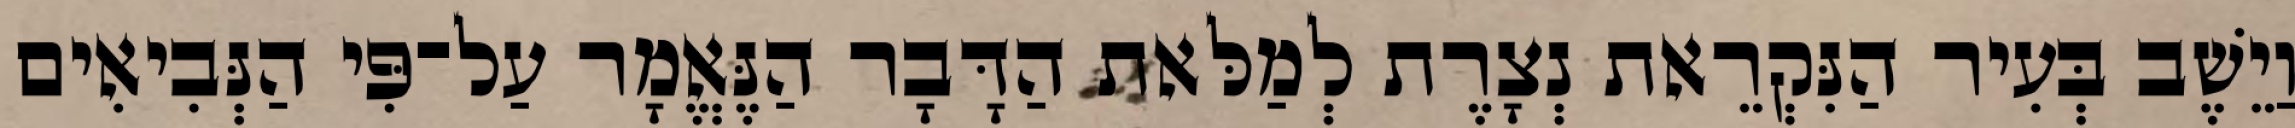
וַיֵשֶׁב בְּעִיר הַנִּקְרֵאת נְצָרֶת לְמַלּאת הַדָּבָר הַנֶּאֱמָר עַל־פִּי הַנְּבִיאִים